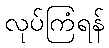
လုပ်ကြံရန်